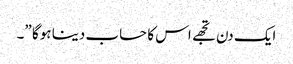
ایک دن تجھے اس کا حساب دینا ہوگا ”۔